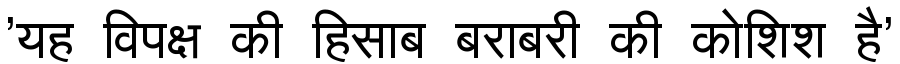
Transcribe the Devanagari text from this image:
'यह विपक्ष की हिसाब बराबरी की कोशिश है'